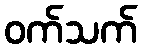
ဝက်သက်